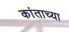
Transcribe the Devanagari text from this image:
कांताच्या